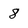
Character: 8